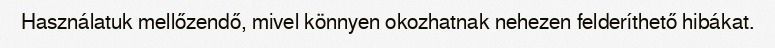
Használatuk mellőzendő, mivel könnyen okozhatnak nehezen felderíthető hibákat.